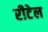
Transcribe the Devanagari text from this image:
रीटेल